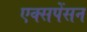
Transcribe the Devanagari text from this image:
एक्सपेंसन